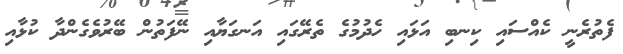
ފެތުރެނީ ކެއްސައި ކިނބި އަޅައި ހެދުމުގެ ތެރޭގައި އަނގަޔާއި ނޭފަތުން ބޭރުވެގެންދާ ކުޅާއި